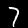
Label: 7